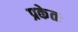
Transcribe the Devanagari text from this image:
प्रकेतः